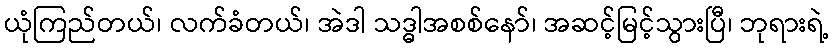
ယုံကြည်တယ်၊ လက်ခံတယ်၊ အဲဒါ သဒ္ဓါအစစ်နော်၊ အဆင့်မြင့်သွားပြီ၊ ဘုရားရဲ့